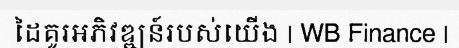
ដៃគូរអភិវឌ្ឍន៍របស់យើង | WB Finance |